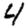
Digit: 4